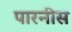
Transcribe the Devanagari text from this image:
पारनीस